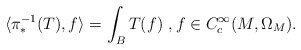
\begin{align*} \langle \pi_*^{-1}(T) ,f\rangle = \int_B T(f) \ , f\in C^\infty_{c}(M,\Omega_M).\end{align*}